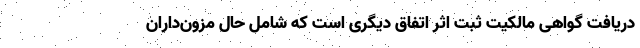
دریافت گواهی مالکیت ثبت اثر اتفاق دیگری است که شامل حال مزون‌داران